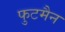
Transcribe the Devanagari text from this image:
फुटमैन